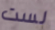
لست